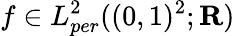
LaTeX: f\in L_{per}^{2}((0,1)^{2};\mathbf{R})